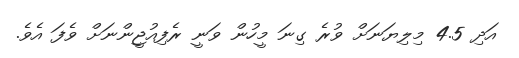
އަދި 4.5 މިލިޔަނަށް ވުރެ ގިނަ މީހުން ވަނީ ރެފިއުޖީންނަށް ވެފަ އެވެ.